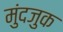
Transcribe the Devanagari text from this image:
मुंदजुक